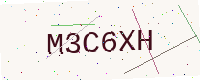
Text: M3C6XH